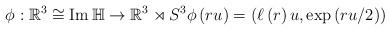
LaTeX: \begin{align*}\phi :\mathbb{R}^{3}\cong \operatorname{Im}\mathbb{H}\rightarrow \mathbb{R}^{3}\rtimes S^{3}\phi \left( ru\right) =\left( \ell\left( r\right) u,\exp \left( ru/2\right) \right) \end{align*}